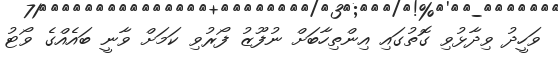
ވަހީދު ވިދާޅުވި ގޮތުގައި އިންތިހާބަށް ނުފޫޒު ފޯރުވި ކަމަށް ވާނީ ބައެއްގެ ވޯޓު